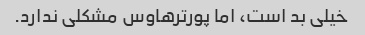
خیلی بد است، اما پورترهاوس مشکلی ندارد.